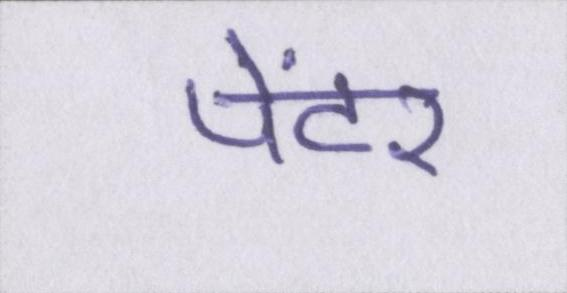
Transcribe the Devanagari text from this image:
पेंटर